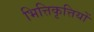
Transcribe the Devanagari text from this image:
भित्तिकृत्तियों